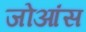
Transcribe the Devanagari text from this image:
जोआंस